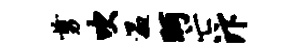
剪吹温眄亡汴